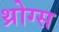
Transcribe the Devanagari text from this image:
थ्रोग्स